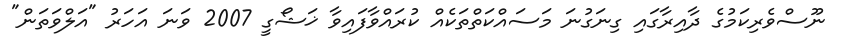
ނޫސްވެރިކަމުގެ ދާއިރާގައި ގިނަގުނަ މަސައްކަތްތަކެއް ކުރައްވާފައިވާ ޚަޝޯގީ 2007 ވަނަ އަހަރު "އަލްވަތަން"